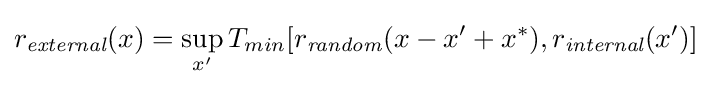
r_{\textit {external}}(x)=\sup _{x^{\prime }}T_{min}[r_{\textit {random}}(x-x^{\prime }+x^{*}),r_{\textit {internal}}(x^{\prime })]